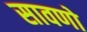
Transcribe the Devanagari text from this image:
सावणो